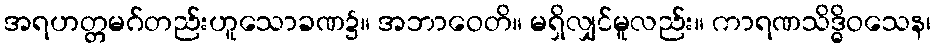
အရဟတ္တမဂ်တည်းဟူသောခဏ၌။ အဘာဝေတိ။ မရှိလျှင်မူလည်း။ ကာရဏသိဒ္ဓိဝသေန၊